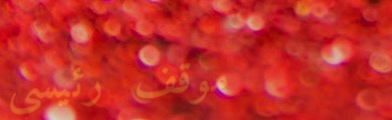
موقف رئيسي